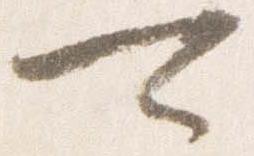
可